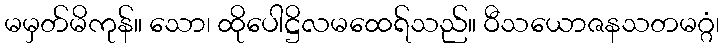
မမှတ်မိကုန်။ သော၊ ထိုပေါဋ္ဌိလမထေရ်သည်။ ဝီသယောဇနသတမဂ္ဂံ၊